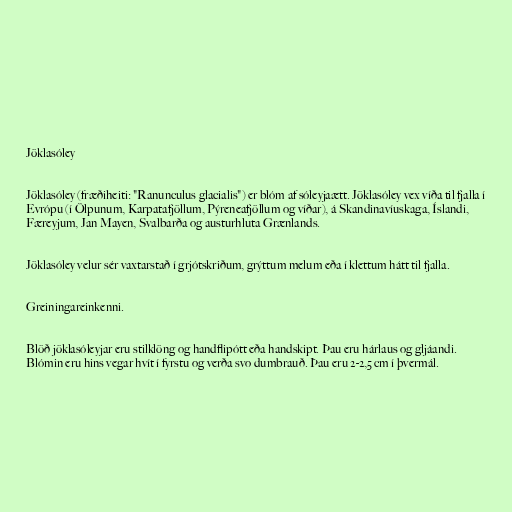
Jöklasóley

Jöklasóley (fræðiheiti: "Ranunculus glacialis") er blóm af sóleyjaætt. Jöklasóley vex víða til fjalla í
Evrópu (í Ölpunum, Karpatafjöllum, Pýreneafjöllum og víðar), á Skandinavíuskaga, Íslandi,
Færeyjum, Jan Mayen, Svalbarða og austurhluta Grænlands.

Jöklasóley velur sér vaxtarstað í grjótskriðum, grýttum melum eða í klettum hátt til fjalla.

Greiningareinkenni.

Blöð jöklasóleyjar eru stilklöng og handflipótt eða handskipt. Þau eru hárlaus og gljáandi.
Blómin eru hins vegar hvít í fyrstu og verða svo dumbrauð. Þau eru 2-2,5 cm í þvermál.